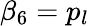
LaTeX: \beta_{6}=p_{l}